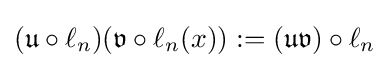
({\mathfrak {u}}\circ \ell _{n})({\mathfrak {v}}\circ \ell _{n}(x)):=({\mathfrak {u}}{\mathfrak {v}})\circ \ell _{n}